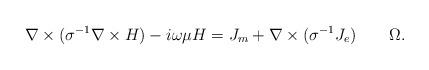
LaTeX: \begin{align*}\nabla\times(\sigma^{-1}\nabla\times H) - i\omega\mu H = J_m +\nabla\times(\sigma^{-1} J_e)\quad\quad\Omega.\end{align*}